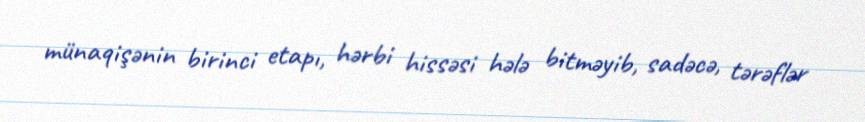
münaqişənin birinci etapı, hərbi hissəsi hələ bitməyib, sadəcə, tərəflər